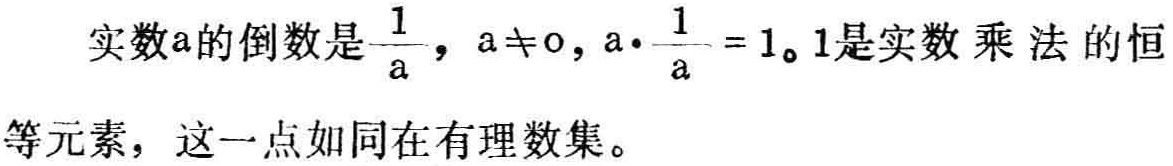
实数\(a\)的倒数是\(\frac{1}{a}\)，\(a\neq0\)，\(a\cdot\frac{1}{a} = 1\)。1是实数乘法的恒等元素，这一点如同在有理数集。